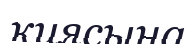
қиясына